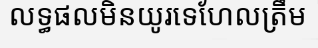
លទ្ធផលមិនយូរទេហែលត្រឹម